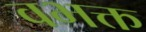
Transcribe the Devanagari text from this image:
वभक्त